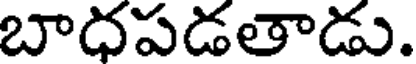
బాధపడతాడు.